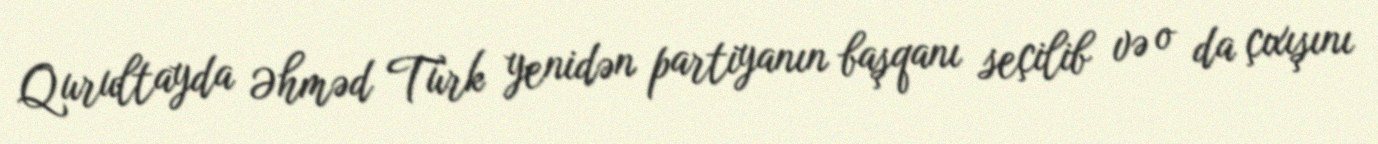
Qurultayda Əhməd Türk yenidən partiyanın başqanı seçilib və o da çıxışını